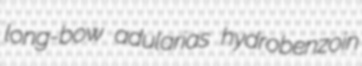
long-bow adularias hydrobenzoin